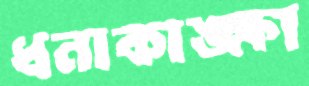
ধনাকাঙ্ক্ষা